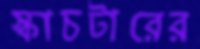
স্কাচটারের